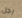
رجل